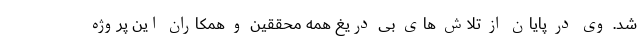
شد. وی در پایان از تلاش های بی دریغ همه محققین و همکاران این پروژه